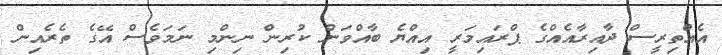
އެއްތިރީސް ދާއިރާއެއްގެ ޕްރައިމަރީ އިއްޔެ ބާއްވަން ކުރިން ނިންމި ނަމަވެސް އޭގެ ތެރެއިން